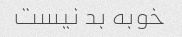
خوبه بد نیست